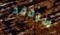
سيفقد